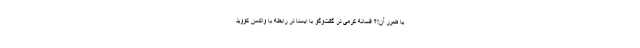
یا ضرر آن!؟ افسانه کرمی در گفت‌وگو با ایسنا در رابطه با واکسن کووید